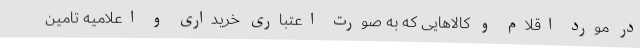
در مورد اقلام و کالاهایی که به صورت اعتباری خریداری و اعلامیه تامین